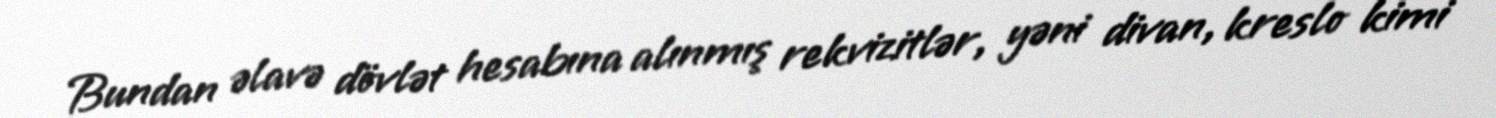
Bundan əlavə dövlət hesabına alınmış rekvizitlər, yəni divan, kreslo kimi